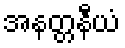
အနတ္တနီယံ